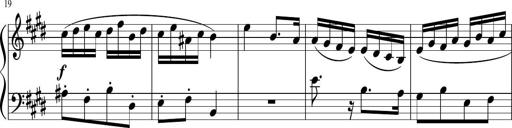
Title: 12 Keyboard Sonatinas
Composer: James Hook